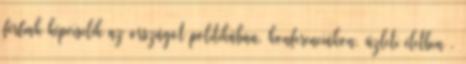
férfiak képviselik az országot politikában, konferenciákon, üzleti életben .